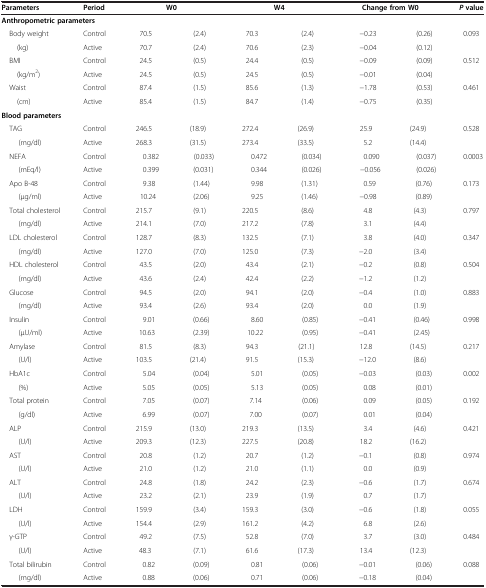
<table><thead><tr><td><b>Parameters</b></td><td><b>Period</b></td><td colspan="2"><b>W0</b></td><td colspan="2"><b>W4</b></td><td colspan="2"><b>Change from W0</b></td><td><b><i>P </i>value</b></td></tr></thead><tbody><tr><td colspan="9"><b>Anthropometric parameters</b></td></tr><tr><td> Body weight</td><td>Control</td><td>70.5</td><td>(2.4)</td><td>70.3</td><td>(2.4)</td><td>−0.23</td><td>(0.26)</td><td rowspan="2">0.093</td></tr><tr><td>(kg)</td><td>Active</td><td>70.7</td><td>(2.4)</td><td>70.6</td><td>(2.3)</td><td>−0.04</td><td>(0.12)</td></tr><tr><td> BMI</td><td>Control</td><td>24.5</td><td>(0.5)</td><td>24.4</td><td>(0.5)</td><td>−0.09</td><td>(0.09)</td><td rowspan="2">0.512</td></tr><tr><td>(kg/m<sup>2</sup>)</td><td>Active</td><td>24.5</td><td>(0.5)</td><td>24.5</td><td>(0.5)</td><td>−0.01</td><td>(0.04)</td></tr><tr><td> Waist</td><td>Control</td><td>87.4</td><td>(1.5)</td><td>85.6</td><td>(1.3)</td><td>−1.78</td><td>(0.53)</td><td rowspan="2">0.461</td></tr><tr><td>(cm)</td><td>Active</td><td>85.4</td><td>(1.5)</td><td>84.7</td><td>(1.4)</td><td>−0.75</td><td>(0.35)</td></tr><tr><td colspan="9"><b>Blood parameters</b></td></tr><tr><td> TAG</td><td>Control</td><td>246.5</td><td>(18.9)</td><td>272.4</td><td>(26.9)</td><td>25.9</td><td>(24.9)</td><td rowspan="2">0.528</td></tr><tr><td>(mg/dl)</td><td>Active</td><td>268.3</td><td>(31.5)</td><td>273.4</td><td>(33.5)</td><td>5.2</td><td>(14.4)</td></tr><tr><td> NEFA</td><td>Control</td><td>0.382</td><td>(0.033)</td><td>0.472</td><td>(0.034)</td><td>0.090</td><td>(0.037)</td><td rowspan="2">0.0003</td></tr><tr><td>(mEq/l)</td><td>Active</td><td>0.399</td><td>(0.031)</td><td>0.344</td><td>(0.026)</td><td>−0.056</td><td>(0.026)</td></tr><tr><td> Apo B-48</td><td>Control</td><td>9.38</td><td>(1.44)</td><td>9.98</td><td>(1.31)</td><td>0.59</td><td>(0.76)</td><td rowspan="2">0.173</td></tr><tr><td>(μg/ml)</td><td>Active</td><td>10.24</td><td>(2.06)</td><td>9.25</td><td>(1.46)</td><td>−0.98</td><td>(0.89)</td></tr><tr><td> Total cholesterol</td><td>Control</td><td>215.7</td><td>(9.1)</td><td>220.5</td><td>(8.6)</td><td>4.8</td><td>(4.3)</td><td rowspan="2">0.797</td></tr><tr><td>(mg/dl)</td><td>Active</td><td>214.1</td><td>(7.0)</td><td>217.2</td><td>(7.8)</td><td>3.1</td><td>(4.4)</td></tr><tr><td> LDL cholesterol</td><td>Control</td><td>128.7</td><td>(8.3)</td><td>132.5</td><td>(7.1)</td><td>3.8</td><td>(4.0)</td><td rowspan="2">0.347</td></tr><tr><td>(mg/dl)</td><td>Active</td><td>127.0</td><td>(7.0)</td><td>125.0</td><td>(7.3)</td><td>−2.0</td><td>(3.4)</td></tr><tr><td> HDL cholesterol</td><td>Control</td><td>43.5</td><td>(2.0)</td><td>43.4</td><td>(2.1)</td><td>−0.2</td><td>(0.8)</td><td rowspan="2">0.504</td></tr><tr><td>(mg/dl)</td><td>Active</td><td>43.6</td><td>(2.4)</td><td>42.4</td><td>(2.2)</td><td>−1.2</td><td>(1.2)</td></tr><tr><td> Glucose</td><td>Control</td><td>94.5</td><td>(2.0)</td><td>94.1</td><td>(2.0)</td><td>−0.4</td><td>(1.0)</td><td rowspan="2">0.883</td></tr><tr><td>(mg/dl)</td><td>Active</td><td>93.4</td><td>(2.6)</td><td>93.4</td><td>(2.0)</td><td>0.0</td><td>(1.9)</td></tr><tr><td> Insulin</td><td>Control</td><td>9.01</td><td>(0.66)</td><td>8.60</td><td>(0.85)</td><td>−0.41</td><td>(0.46)</td><td rowspan="2">0.998</td></tr><tr><td>(μU/ml)</td><td>Active</td><td>10.63</td><td>(2.39)</td><td>10.22</td><td>(0.95)</td><td>−0.41</td><td>(2.45)</td></tr><tr><td> Amylase</td><td>Control</td><td>81.5</td><td>(8.3)</td><td>94.3</td><td>(21.1)</td><td>12.8</td><td>(14.5)</td><td rowspan="2">0.217</td></tr><tr><td>(U/l)</td><td>Active</td><td>103.5</td><td>(21.4)</td><td>91.5</td><td>(15.3)</td><td>−12.0</td><td>(8.6)</td></tr><tr><td> HbA1c</td><td>Control</td><td>5.04</td><td>(0.04)</td><td>5.01</td><td>(0.05)</td><td>−0.03</td><td>(0.03)</td><td rowspan="2">0.002</td></tr><tr><td>(%)</td><td>Active</td><td>5.05</td><td>(0.05)</td><td>5.13</td><td>(0.05)</td><td>0.08</td><td>(0.01)</td></tr><tr><td> Total protein</td><td>Control</td><td>7.05</td><td>(0.07)</td><td>7.14</td><td>(0.06)</td><td>0.09</td><td>(0.05)</td><td rowspan="2">0.192</td></tr><tr><td>(g/dl)</td><td>Active</td><td>6.99</td><td>(0.07)</td><td>7.00</td><td>(0.07)</td><td>0.01</td><td>(0.04)</td></tr><tr><td> ALP</td><td>Control</td><td>215.9</td><td>(13.0)</td><td>219.3</td><td>(13.5)</td><td>3.4</td><td>(4.6)</td><td rowspan="2">0.421</td></tr><tr><td>(U/l)</td><td>Active</td><td>209.3</td><td>(12.3)</td><td>227.5</td><td>(20.8)</td><td>18.2</td><td>(16.2)</td></tr><tr><td> AST</td><td>Control</td><td>20.8</td><td>(1.2)</td><td>20.7</td><td>(1.2)</td><td>−0.1</td><td>(0.8)</td><td rowspan="2">0.974</td></tr><tr><td>(U/l)</td><td>Active</td><td>21.0</td><td>(1.2)</td><td>21.0</td><td>(1.1)</td><td>0.0</td><td>(0.9)</td></tr><tr><td> ALT</td><td>Control</td><td>24.8</td><td>(1.8)</td><td>24.2</td><td>(2.3)</td><td>−0.6</td><td>(1.7)</td><td rowspan="2">0.674</td></tr><tr><td>(U/l)</td><td>Active</td><td>23.2</td><td>(2.1)</td><td>23.9</td><td>(1.9)</td><td>0.7</td><td>(1.7)</td></tr><tr><td> LDH</td><td>Control</td><td>159.9</td><td>(3.4)</td><td>159.3</td><td>(3.0)</td><td>−0.6</td><td>(1.8)</td><td rowspan="2">0.055</td></tr><tr><td>(U/l)</td><td>Active</td><td>154.4</td><td>(2.9)</td><td>161.2</td><td>(4.2)</td><td>6.8</td><td>(2.6)</td></tr><tr><td> γ-GTP</td><td>Control</td><td>49.2</td><td>(7.5)</td><td>52.8</td><td>(7.0)</td><td>3.7</td><td>(3.0)</td><td rowspan="2">0.484</td></tr><tr><td>(U/l)</td><td>Active</td><td>48.3</td><td>(7.1)</td><td>61.6</td><td>(17.3)</td><td>13.4</td><td>(12.3)</td></tr><tr><td> Total bilirubin</td><td>Control</td><td>0.82</td><td>(0.09)</td><td>0.81</td><td>(0.06)</td><td>−0.01</td><td>(0.06)</td><td>0.088</td></tr><tr><td>(mg/dl)</td><td>Active</td><td>0.88</td><td>(0.06)</td><td>0.71</td><td>(0.06)</td><td>−0.18</td><td>(0.04)</td><td> </td></tr></tbody></table>